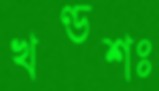
খণ্ডশঃ